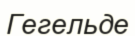
Гегельде